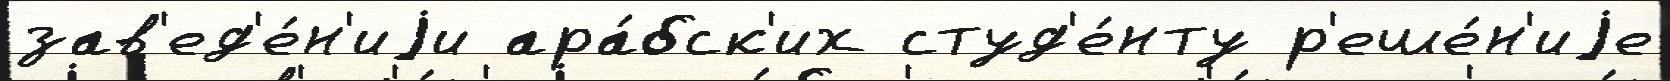
зав'ед'е́н'иjи ара́бск'их студ'е́нту р'еше́н'иjе